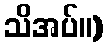
သိအပ်။)